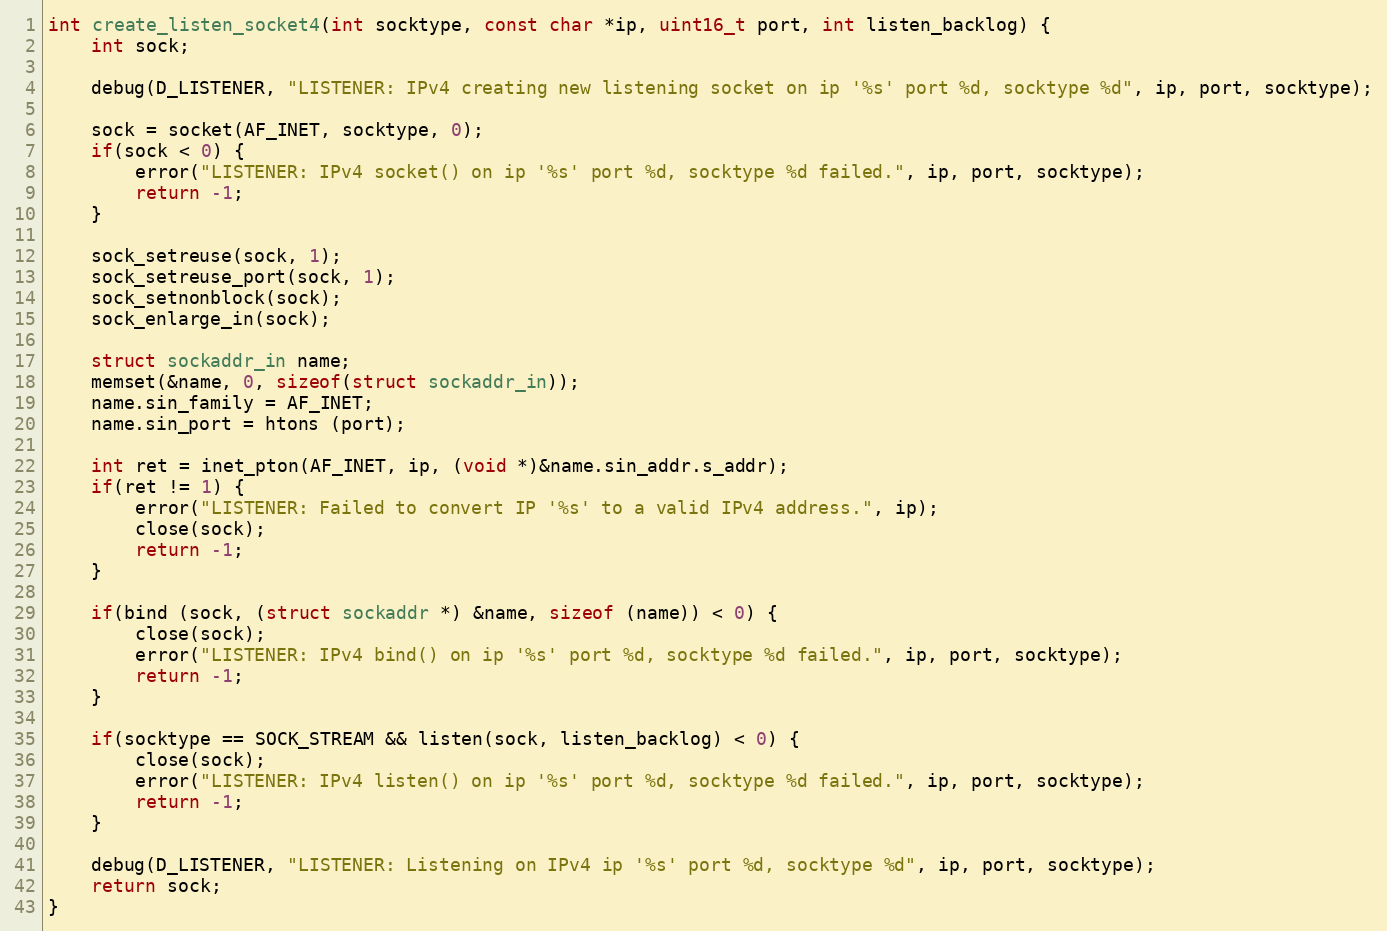
Language: C
int create_listen_socket4(int socktype, const char *ip, uint16_t port, int listen_backlog) {
    int sock;

    debug(D_LISTENER, "LISTENER: IPv4 creating new listening socket on ip '%s' port %d, socktype %d", ip, port, socktype);

    sock = socket(AF_INET, socktype, 0);
    if(sock < 0) {
        error("LISTENER: IPv4 socket() on ip '%s' port %d, socktype %d failed.", ip, port, socktype);
        return -1;
    }

    sock_setreuse(sock, 1);
    sock_setreuse_port(sock, 1);
    sock_setnonblock(sock);
    sock_enlarge_in(sock);

    struct sockaddr_in name;
    memset(&name, 0, sizeof(struct sockaddr_in));
    name.sin_family = AF_INET;
    name.sin_port = htons (port);

    int ret = inet_pton(AF_INET, ip, (void *)&name.sin_addr.s_addr);
    if(ret != 1) {
        error("LISTENER: Failed to convert IP '%s' to a valid IPv4 address.", ip);
        close(sock);
        return -1;
    }

    if(bind (sock, (struct sockaddr *) &name, sizeof (name)) < 0) {
        close(sock);
        error("LISTENER: IPv4 bind() on ip '%s' port %d, socktype %d failed.", ip, port, socktype);
        return -1;
    }

    if(socktype == SOCK_STREAM && listen(sock, listen_backlog) < 0) {
        close(sock);
        error("LISTENER: IPv4 listen() on ip '%s' port %d, socktype %d failed.", ip, port, socktype);
        return -1;
    }

    debug(D_LISTENER, "LISTENER: Listening on IPv4 ip '%s' port %d, socktype %d", ip, port, socktype);
    return sock;
}